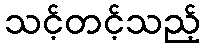
သင့်တင့်သည့်